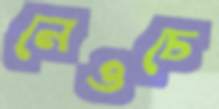
নেওচে